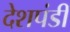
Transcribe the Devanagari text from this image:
देशपंडी